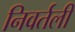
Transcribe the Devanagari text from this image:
निवर्तली